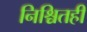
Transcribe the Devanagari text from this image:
निश्चितही